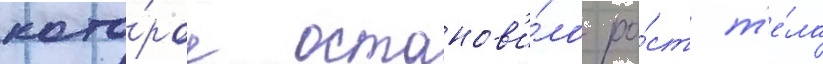
кото́рое останов'и́ло ро́ст т'е́ла